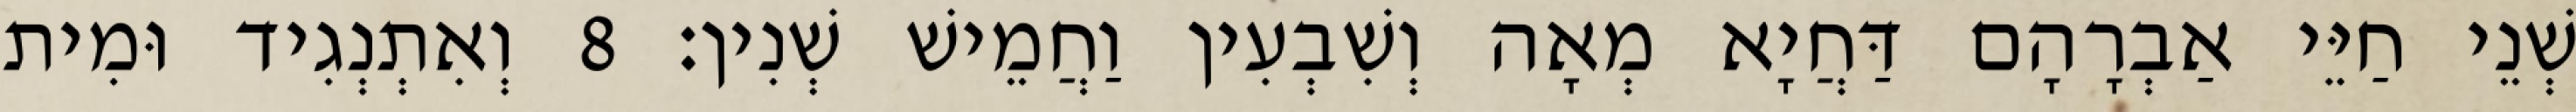
שְׁנֵי חַיֵּי אַבְרָהָם דַּחֲיָא מְאָה וְשִׁבְעִין וַחֲמֵישׁ שְׁנִין׃ 8 וְאִתְנְגִיד וּמִית